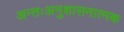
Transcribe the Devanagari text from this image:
अन्तःअनुशासनात्मक